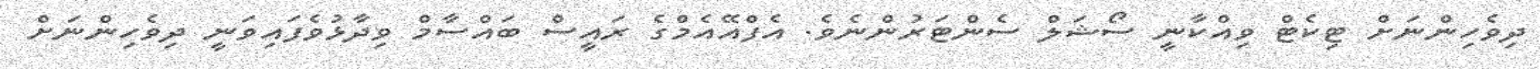
ދިވެހިންނަށް ޓިކެޓް ވިއްކާނީ ސޯޝަލް ސެންޓަރުންނެވެ. އެފްއޭއެމްގެ ރައީސް ބައްސާމް ވިދާޅުވެފައިވަނީ ދިވެހިންނަށް